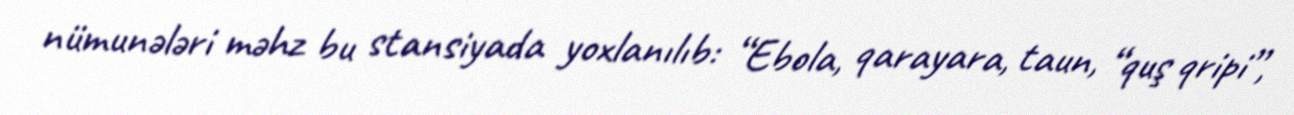
nümunələri məhz bu stansiyada yoxlanılıb: “Ebola, qarayara, taun, “quş qripi”,